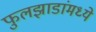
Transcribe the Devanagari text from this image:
फुलझाडांमध्ये